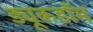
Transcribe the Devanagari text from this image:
ड्यूकडॉम